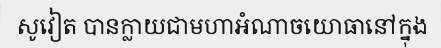
សូវៀត បានក្លាយជាមហាអំណាចយោធានៅក្នុង